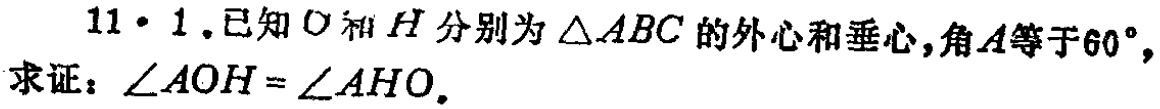
11·1.已知 \(O\) 和 \(H\) 分别为 \(\triangle ABC\) 的外心和垂心,角 \(A\) 等于 \(60^{\circ}\),求证：\(\angle AOH = \angle AHO\).